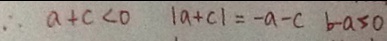
\therefore a + c < 0 \vert a + c \vert = - a - c b - a < 0